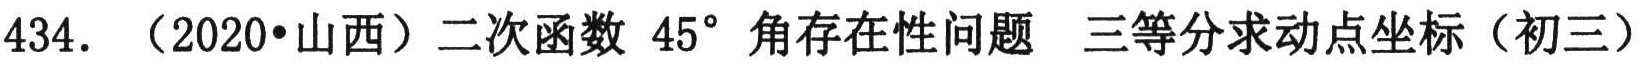
434. （2020•山西）二次函数 \(45^{\circ}\) 角存在性问题 三等分求动点坐标（初三）